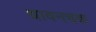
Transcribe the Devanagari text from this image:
धावनचक